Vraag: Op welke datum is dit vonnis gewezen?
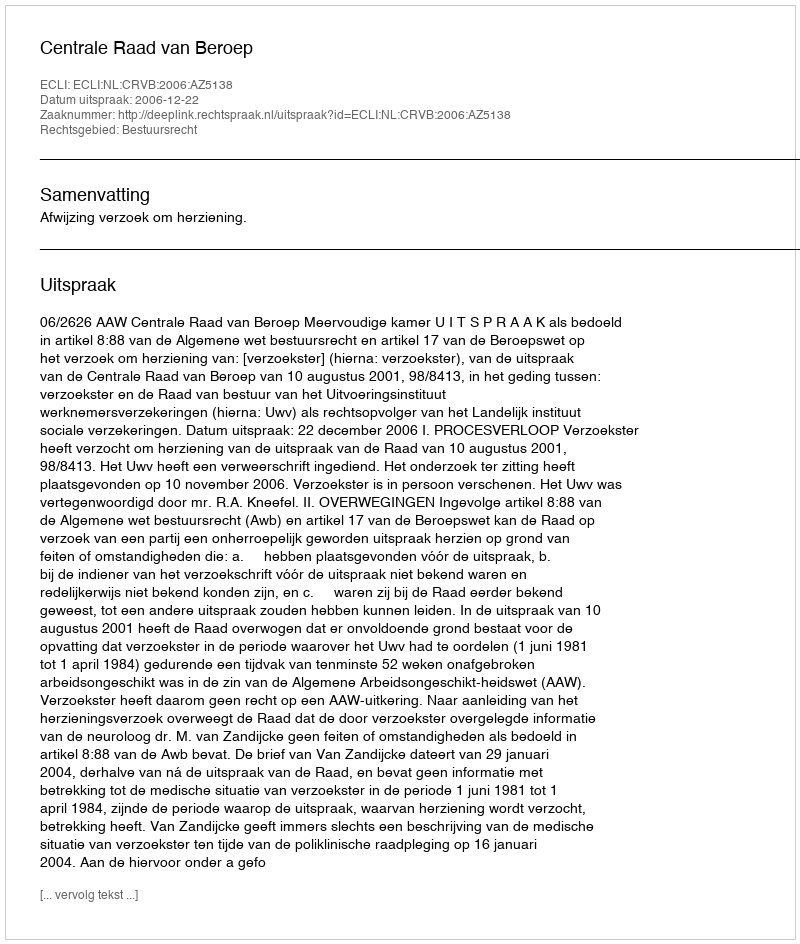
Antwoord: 2006-12-22